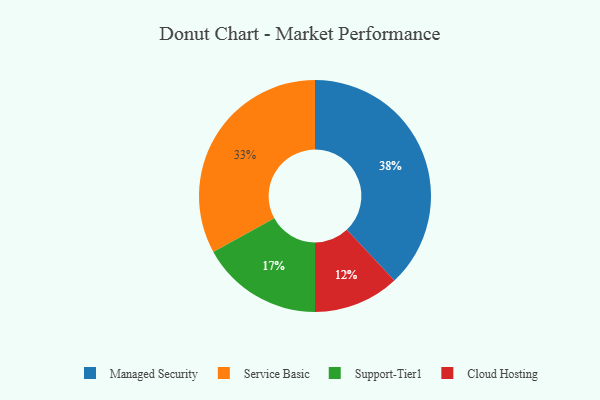
{"axis": {"x": "Category", "y": "Percentage"}, "legend": ["Cloud Hosting", "Managed Security", "Service Basic", "Support-Tier1"], "data": [{"x": "Support-Tier1", "y": 17, "type": "Support-Tier1"}, {"x": "Cloud Hosting", "y": 12, "type": "Cloud Hosting"}, {"x": "Managed Security", "y": 38, "type": "Managed Security"}, {"x": "Service Basic", "y": 33, "type": "Service Basic"}]}